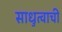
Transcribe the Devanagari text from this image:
साधुत्वाची